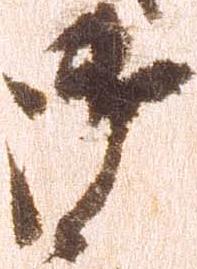
御